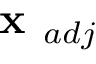
\textbf { x } _ { a d j }